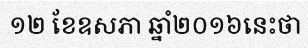
១២ ខែឧសភា ឆ្នាំ២០១៦នេះថា